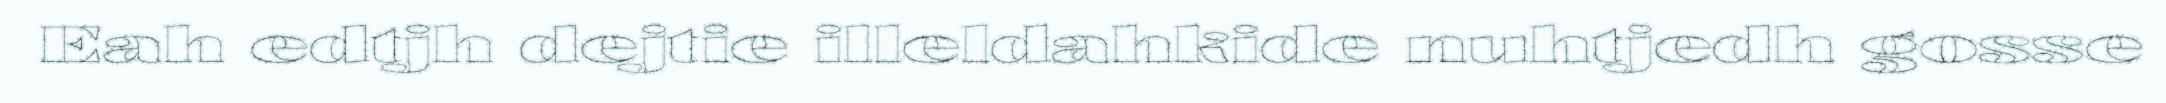
Eah edtjh dejtie illeldahkide nuhtjedh gosse